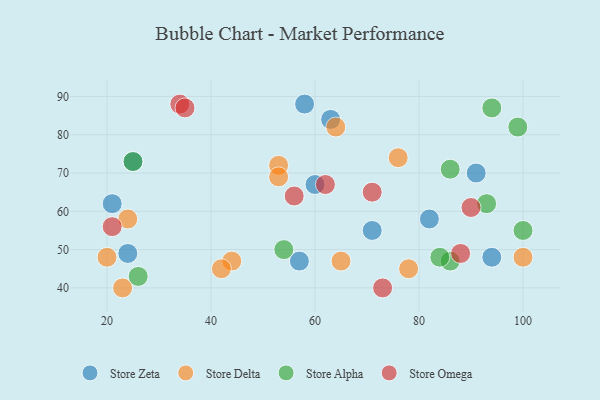
{"axis": {"x": "GDP", "y": "Life Expectancy"}, "legend": ["Store Alpha", "Store Delta", "Store Omega", "Store Zeta"], "data": [{"x": "82", "y": 58, "type": "Store Zeta"}, {"x": "24", "y": 49, "type": "Store Zeta"}, {"x": "63", "y": 84, "type": "Store Zeta"}, {"x": "71", "y": 55, "type": "Store Zeta"}, {"x": "94", "y": 48, "type": "Store Zeta"}, {"x": "58", "y": 88, "type": "Store Zeta"}, {"x": "21", "y": 62, "type": "Store Zeta"}, {"x": "91", "y": 70, "type": "Store Zeta"}, {"x": "57", "y": 47, "type": "Store Zeta"}, {"x": "60", "y": 67, "type": "Store Zeta"}, {"x": "25", "y": 73, "type": "Store Zeta"}, {"x": "76", "y": 74, "type": "Store Delta"}, {"x": "100", "y": 48, "type": "Store Delta"}, {"x": "78", "y": 45, "type": "Store Delta"}, {"x": "44", "y": 47, "type": "Store Delta"}, {"x": "65", "y": 47, "type": "Store Delta"}, {"x": "42", "y": 45, "type": "Store Delta"}, {"x": "64", "y": 82, "type": "Store Delta"}, {"x": "20", "y": 48, "type": "Store Delta"}, {"x": "24", "y": 58, "type": "Store Delta"}, {"x": "23", "y": 40, "type": "Store Delta"}, {"x": "53", "y": 72, "type": "Store Delta"}, {"x": "53", "y": 69, "type": "Store Delta"}, {"x": "99", "y": 82, "type": "Store Alpha"}, {"x": "86", "y": 47, "type": "Store Alpha"}, {"x": "26", "y": 43, "type": "Store Alpha"}, {"x": "25", "y": 73, "type": "Store Alpha"}, {"x": "100", "y": 55, "type": "Store Alpha"}, {"x": "93", "y": 62, "type": "Store Alpha"}, {"x": "54", "y": 50, "type": "Store Alpha"}, {"x": "94", "y": 87, "type": "Store Alpha"}, {"x": "84", "y": 48, "type": "Store Alpha"}, {"x": "86", "y": 71, "type": "Store Alpha"}, {"x": "56", "y": 64, "type": "Store Omega"}, {"x": "71", "y": 65, "type": "Store Omega"}, {"x": "88", "y": 49, "type": "Store Omega"}, {"x": "90", "y": 61, "type": "Store Omega"}, {"x": "73", "y": 40, "type": "Store Omega"}, {"x": "21", "y": 56, "type": "Store Omega"}, {"x": "34", "y": 88, "type": "Store Omega"}, {"x": "35", "y": 87, "type": "Store Omega"}, {"x": "62", "y": 67, "type": "Store Omega"}]}